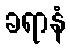
ခရာနံ